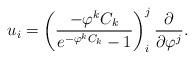
LaTeX: \begin{align*}u_i=\left(\frac{-\varphi^kC_k}{e^{-\varphi^kC_k}-1}\right)^j_i\frac{\partial}{\partial \varphi^j}.\end{align*}